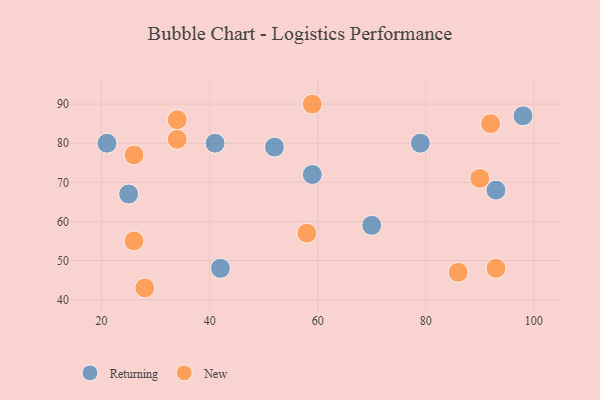
{"axis": {"x": "GDP", "y": "Life Expectancy"}, "legend": ["New", "Returning"], "data": [{"x": "59", "y": 72, "type": "Returning"}, {"x": "98", "y": 87, "type": "Returning"}, {"x": "70", "y": 59, "type": "Returning"}, {"x": "25", "y": 67, "type": "Returning"}, {"x": "41", "y": 80, "type": "Returning"}, {"x": "42", "y": 48, "type": "Returning"}, {"x": "93", "y": 68, "type": "Returning"}, {"x": "52", "y": 79, "type": "Returning"}, {"x": "79", "y": 80, "type": "Returning"}, {"x": "21", "y": 80, "type": "Returning"}, {"x": "28", "y": 43, "type": "New"}, {"x": "26", "y": 77, "type": "New"}, {"x": "92", "y": 85, "type": "New"}, {"x": "93", "y": 48, "type": "New"}, {"x": "34", "y": 81, "type": "New"}, {"x": "34", "y": 86, "type": "New"}, {"x": "59", "y": 90, "type": "New"}, {"x": "90", "y": 71, "type": "New"}, {"x": "58", "y": 57, "type": "New"}, {"x": "26", "y": 55, "type": "New"}, {"x": "86", "y": 47, "type": "New"}]}